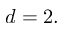
d = 2 .